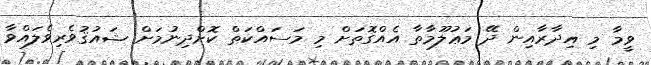
ވީމާ މި އިދާރާއިން ދޭ މަޢުލޫމާތާ އެއްގޮތަށް މި މަސައްކަތް ކޮށްދިނުމަށް ޝައުޤުވެރިވެލައްވާ